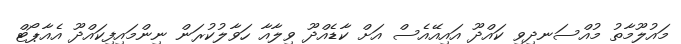
މައުލޫމާތު މުއްސަނދިވި ކައްދޫ އައިއޭއެސް އަށް ކާޑެއްދޫ ވިލާއާ ހަވާލުކުރަން ނިންމައިފިކައްދޫ އެއާޕޯޓް